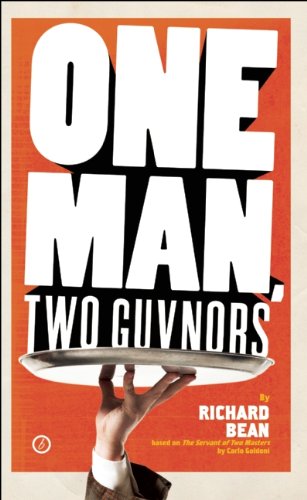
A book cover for One Man, Two Guvnors: U.S. Edition; Richard Bean; Literature & Fiction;